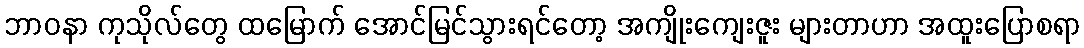
ဘာဝနာ ကုသိုလ်တွေ ထမြောက် အောင်မြင်သွားရင်တော့ အကျိုးကျေးဇူး များတာဟာ အထူးပြောစရာ